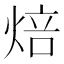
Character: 焙